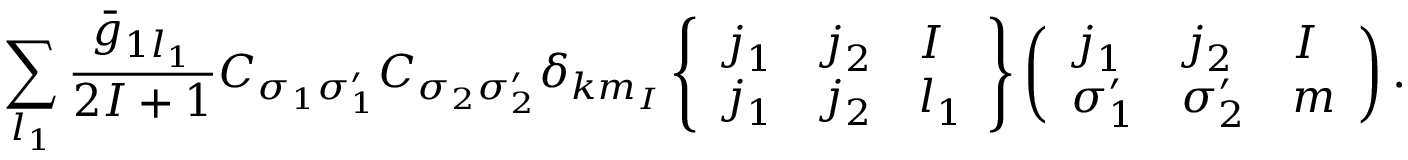
\sum _ { l _ { 1 } } \frac { \bar { g } _ { 1 l _ { 1 } } } { 2 I + 1 } C _ { \sigma _ { 1 } \sigma _ { 1 } ^ { \prime } } C _ { \sigma _ { 2 } \sigma _ { 2 } ^ { \prime } } \delta _ { k m _ { I } } \left\{ \begin{array} { l l l } { { j _ { 1 } } } & { { j _ { 2 } } } & { { I } } \\ { { j _ { 1 } } } & { { j _ { 2 } } } & { { l _ { 1 } } } \end{array} \right\} \left( \begin{array} { l l l } { { j _ { 1 } } } & { { j _ { 2 } } } & { { I } } \\ { { \sigma _ { 1 } ^ { \prime } } } & { { \sigma _ { 2 } ^ { \prime } } } & { { m } } \end{array} \right) .